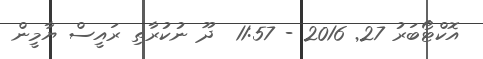
އޮކްޓޯބަރު 27